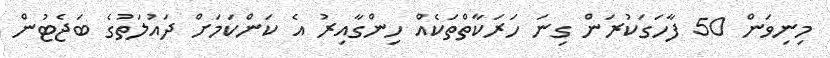
މިނިވަން 50 ފާހަގަކުރަން ގިނަ ހަރަކާތްތަކެއް ހިންގާއިރު އެ ކަންކަމަށް ދައުލަތުގެ ބަޖެޓުން